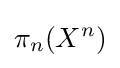
\pi _{n}(X^{n})